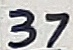
Text: 37